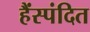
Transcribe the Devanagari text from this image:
हैंस्पंदित